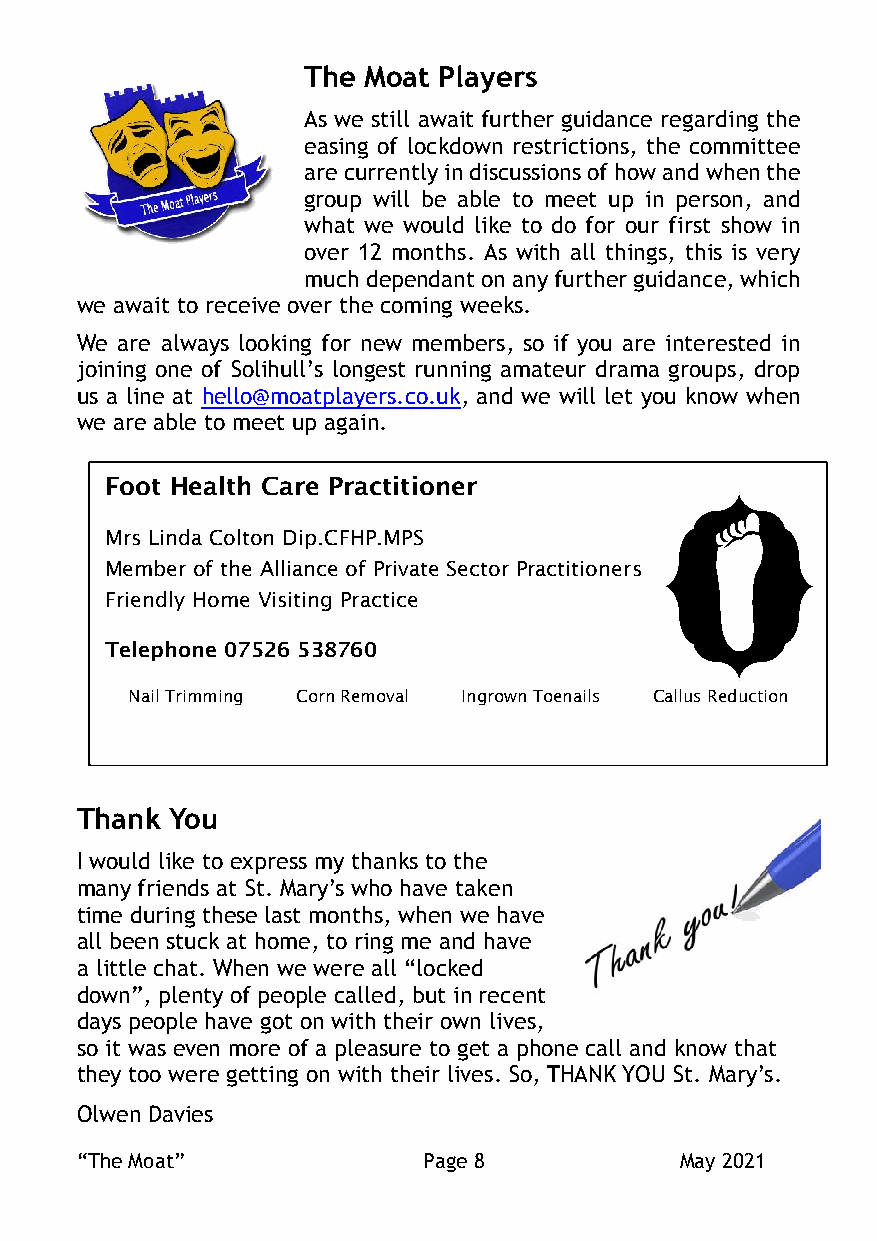
The Moat Players
 As we still await further guidance regarding the
 easing of lockdown restrictions, the committee
 are currently in discussions of how and when the
 group will be able to meet up in person, and
 what we would like to do for our first show in
 over 12 months. As with all things, this is very
 much dependant on any further guidance, which
 we await to receive over the coming weeks.
 We are always looking for new members, so if you are interested in
 joining one of Solihull’s longest running amateur drama groups, drop
 us a line at hello@moatplayers.co.uk, and we will let you know when
 we are able to meet up again.
 Foot Health Care Practitioner
 Mrs Linda Colton Dip.CFHP.MPS
 Member of the Alliance of Private Sector Practitioners
 Friendly Home Visiting Practice
 Telephone 07526 538760
 Nail Trimming Corn Removal Ingrown Toenails Callus Reduction
 Thank You
 I would like to express my thanks to the
 many friends at St. Mary’s who have taken
 time during these last months, when we have
 all been stuck at home, to ring me and have
 a little chat. When we were all “locked
 down”, plenty of people called, but in recent
 days people have got on with their own lives,
 so it was even more of a pleasure to get a phone call and know that
 they too were getting on with their lives. So, THANK YOU St. Mary’s.
 Olwen Davies
 “The Moat”             Page 8           May 2021